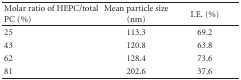
<table><thead><tr><td><b>Molar ratio of HEPC/total PC (%)</b></td><td><b>Mean particle size (nm)</b></td><td><b>I.E. (%)</b></td></tr></thead><tbody><tr><td>25</td><td>113.3</td><td>69.2</td></tr><tr><td>43</td><td>120.8</td><td>63.8</td></tr><tr><td>62</td><td>128.4</td><td>73.6</td></tr><tr><td>81</td><td>202.6</td><td>37.6</td></tr></tbody></table>